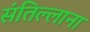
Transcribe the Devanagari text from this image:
संतिल्लाना